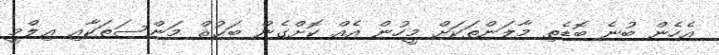
އެހެން ބުނެ ބޮޑެތި މާލަންތަކަށް މީހުން އެއް ކޮށްގެން ބަޙުޘް މަންސަތަކާއި ޢިލްމީ